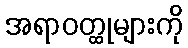
အရာဝတ္ထုများကို